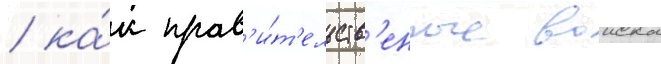
/ ка́к прав'и́т'ельств'енные воиска